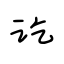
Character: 讫